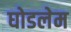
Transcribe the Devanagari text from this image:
घोडलेम